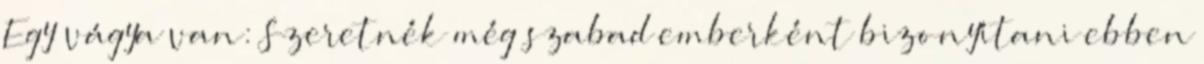
Egy vágya van: Szeretnék még szabad emberként bizonyítani ebben